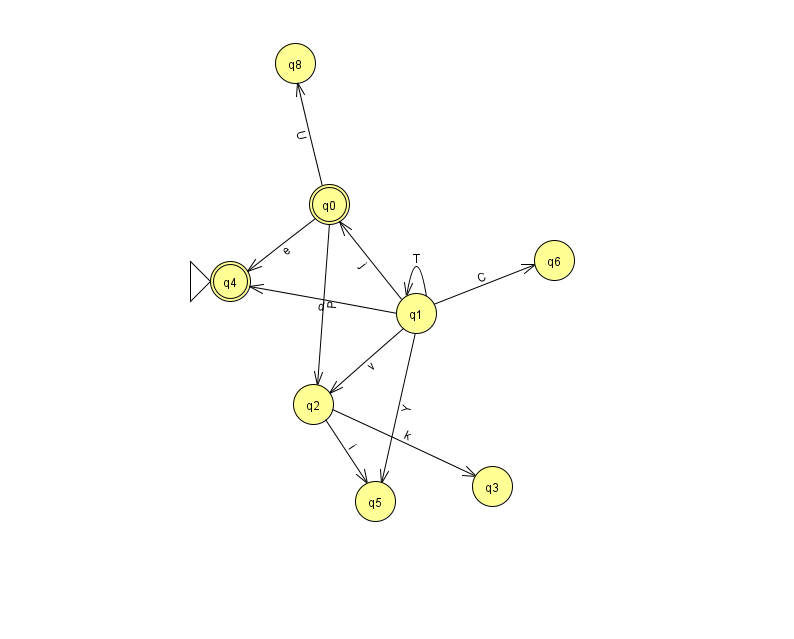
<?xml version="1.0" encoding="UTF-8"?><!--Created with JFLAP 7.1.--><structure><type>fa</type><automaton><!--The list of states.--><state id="0" name="q0"><x>329.0</x><y>191.0</y><final/></state><state id="1" name="q1"><x>416.0</x><y>300.0</y></state><state id="2" name="q2"><x>313.0</x><y>391.0</y></state><state id="3" name="q3"><x>492.0</x><y>473.0</y></state><state id="4" name="q4"><x>230.0</x><y>268.0</y><initial/><final/></state><state id="5" name="q5"><x>375.0</x><y>488.0</y></state><state id="6" name="q6"><x>554.0</x><y>247.0</y></state><state id="8" name="q8"><x>295.0</x><y>50.0</y></state><!--The list of transitions.--><transition><from>0</from><to>4</to><read>e</read></transition><transition><from>1</from><to>1</to><read>T</read></transition><transition><from>1</from><to>2</to><read>v</read></transition><transition><from>1</from><to>6</to><read>C</read></transition><transition><from>1</from><to>0</to><read>j</read></transition><transition><from>2</from><to>3</to><read>k</read></transition><transition><from>1</from><to>4</to><read>d</read></transition><transition><from>0</from><to>2</to><read>P</read></transition><transition><from>0</from><to>8</to><read>U</read></transition><transition><from>1</from><to>5</to><read>Y</read></transition><transition><from>2</from><to>5</to><read>i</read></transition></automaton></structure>